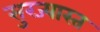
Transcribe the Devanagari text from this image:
सुरज्यास्त